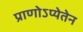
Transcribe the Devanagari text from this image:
प्राणोऽप्येतेन